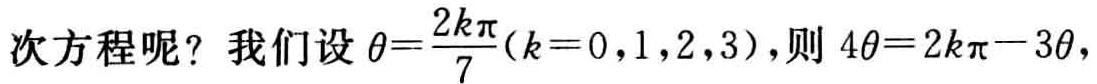
次方程呢？我们设 \(\theta=\frac{2k\pi}{7}(k = 0,1,2,3)\)，则 \(4\theta=2k\pi - 3\theta\)，